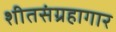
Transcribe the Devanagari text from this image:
शीतसंग्रहागार